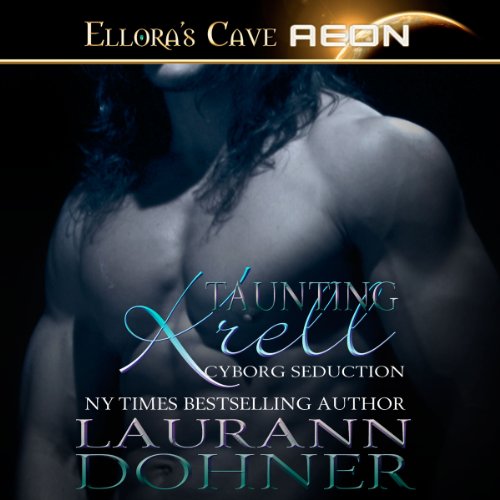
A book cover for Taunting Krell: Cyborg Seduction Series, Book 7; Laurann Dohner; Romance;